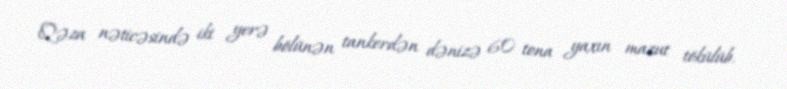
Qəza nəticəsində iki yerə bölünən tankerdən dənizə 60 tona yaxın mazut tökülüb.